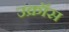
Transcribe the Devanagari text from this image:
उक्रॉस